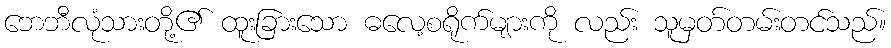
ဘေဘီလုံသားတို့၏ ထူးခြားသော ဓလေ့စရိုက်များကို လည်း သူမှတ်တမ်းတင်သည်။